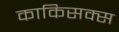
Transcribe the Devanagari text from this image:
काकिसक्स